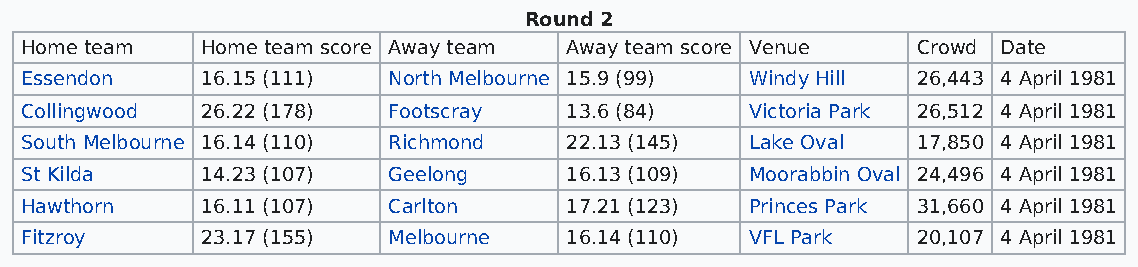
Round 2
 Home team   Home team score Away team Away team score Venue Crowd Date
 Essendon    16.15 (111)  North Melbourne 15.9 (99) Windy Hill 26,443 4 April 1981
 Collingwood 26.22 (178)  Footscray  13.6 (84)    Victoria Park 26,512 4 April 1981
 South Melbourne 16.14 (110) Richmond 22.13 (145) Lake Oval  17,850 4 April 1981
 St Kilda    14.23 (107)  Geelong    16.13 (109)  Moorabbin Oval 24,496 4 April 1981
 Hawthorn    16.11 (107)  Carlton    17.21 (123)  Princes Park 31,660 4 April 1981
 Fitzroy     23.17 (155)  Melbourne  16.14 (110)  VFL Park   20,107 4 April 1981